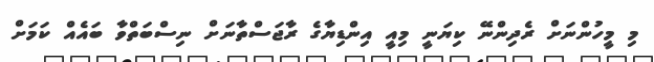
މި މީހުންނަށް ރެދިންނޭ ކިޔަނީ މިއީ އިންޑިޔާގެ ރާޖަސްތާނަށް ނިސްބަތްވާ ބައެއް ކަމަށް